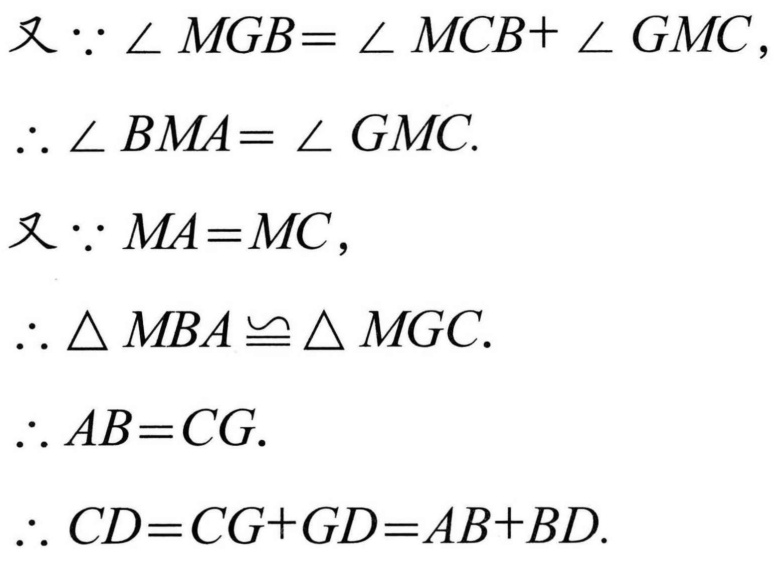
又\(\because\angle MGB=\angle MCB+\angle GMC\)，
\(\therefore\angle BMA=\angle GMC\).
又\(\because MA = MC\)，
\(\therefore\triangle MBA\cong\triangle MGC\).
\(\therefore AB = CG\).
\(\therefore CD=CG + GD=AB + BD\).